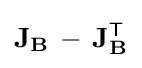
\mathbf {J} _{\mathbf {B} }\,-\,\mathbf {J} _{\mathbf {B} }^{\textsf {T}}